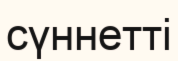
сүннетті